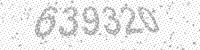
Solution: 639320